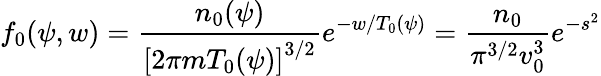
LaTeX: f_{0}(\psi,w)=\frac{n_{0}(\psi)}{\left[2\pi mT_{0}(\psi)\right]^{3/2}}e^{-w/T_{0}(\psi)}=\frac{n_{0}}{\pi^{3/2}v_{0}^{3}}e^{-s^{2}}